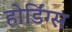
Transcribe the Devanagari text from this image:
होर्डिंग्स